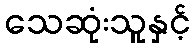
သေဆုံးသူနှင့်